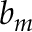
b _ { m }